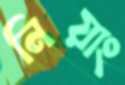
নিয়াং